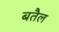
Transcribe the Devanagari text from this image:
बतैल